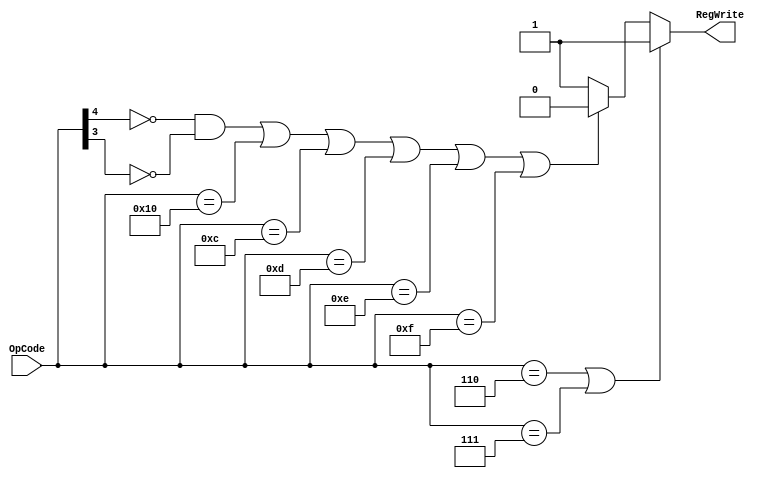

module RegWriteMod (OpCode, RegWrite);

input [4:0]	OpCode;
output		RegWrite;

assign RegWrite = ((OpCode == 5'b00110) | (OpCode == 5'b00111)) ? 1'b1 :
		((~OpCode[4] & ~OpCode[3]) | (OpCode == 5'b10000) | (OpCode == 5'b01100) | (OpCode == 5'b01101) | (OpCode == 5'b01110) | (OpCode == 5'b01111)) ? 1'b0 : 1'b1;

endmodule